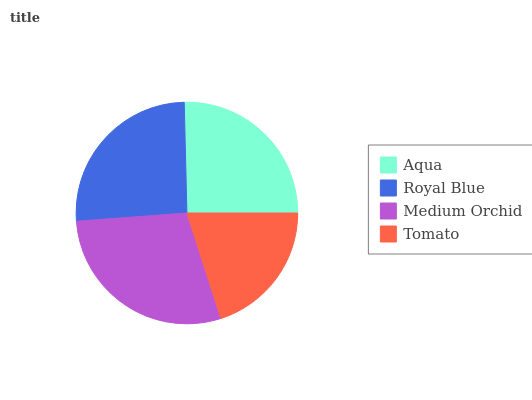
| Aqua | Royal Blue | Medium Orchid | Tomato |
 | --- | --- | --- | --- |
 | 25.4% | 25.8% | 28.8% | 20% |